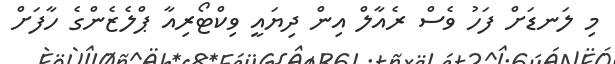
މި ލަނޑަށް ފަހު ވެސް ރެއާލް އިން ދިޔައީ ވިކްޓޯރިއާ ޕްލެޒެންގެ ހާފަށް